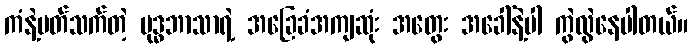
ကံနဲ့ပတ်သက်တဲ့ ဗုဒ္ဓဘာသာရဲ့ အခြေခံအကျဆုံး အတွေး အခေါ်နဲ့ပါ ကွဲလွဲနေပါတယ်။